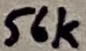
Text: 56k